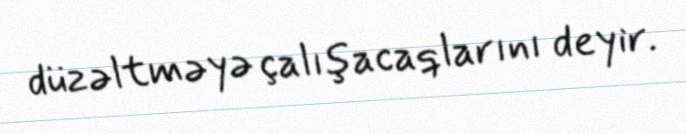
düzəltməyə çalışacaqlarını deyir.